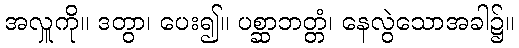
အလှူကို။ ဒတွာ၊ ပေး၍။ ပစ္ဆာဘတ္တံ၊ နေလွဲသောအခါ၌။